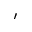
^ \prime